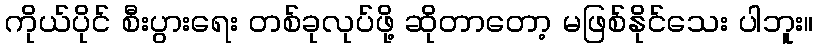
ကိုယ်ပိုင် စီးပွားရေး တစ်ခုလုပ်ဖို့ ဆိုတာတော့ မဖြစ်နိုင်သေး ပါဘူး။